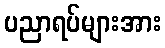
ပညာရပ်များအား